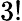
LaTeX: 3!